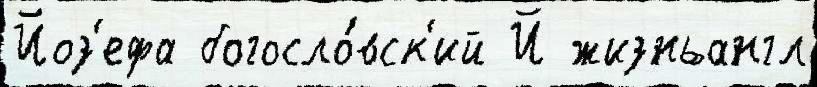
Йоз'ефа богосло́вск'ий Й жизньангл